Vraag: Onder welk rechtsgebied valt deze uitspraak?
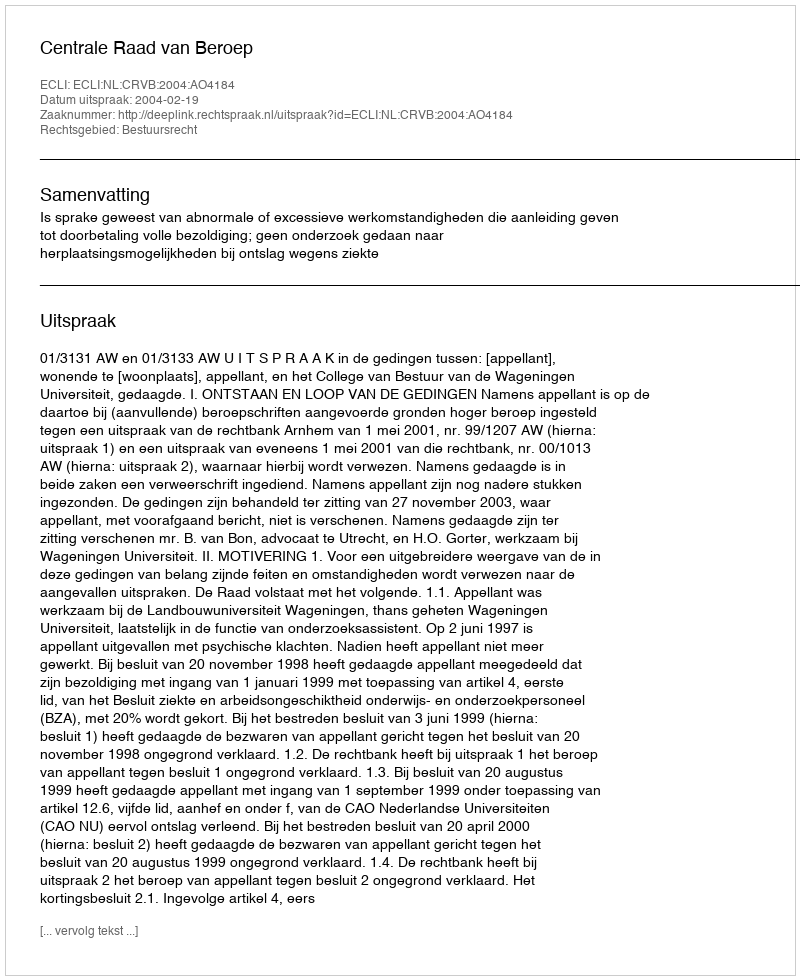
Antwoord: Bestuursrecht